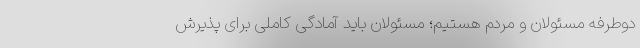
دوطرفه مسئولان و مردم هستیم؛ مسئولان باید آمادگی کاملی برای پذیرش